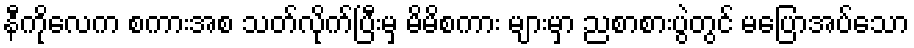
နီကိုလေက စကားအစ သတ်လိုက်ပြီးမှ မိမိစကား များမှာ ညစာစားပွဲတွင် မပြောအပ်သော